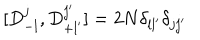
LaTeX: [ D _ { - l } ^ { j } , D _ { + l ^ { \prime } } ^ { j ^ { \prime } } ] = 2 N \delta _ { l l ^ { \prime } } \delta _ { j j ^ { \prime } }